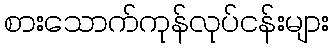
စားသောက်ကုန်လုပ်ငန်းများ